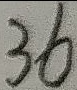
3 6